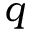
q